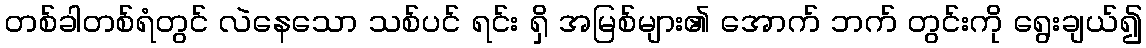
တစ်ခါတစ်ရံတွင် လဲနေသော သစ်ပင် ရင်း ရှိ အမြစ်များ၏ အောက် ဘက် တွင်းကို ရွေးချယ်၍